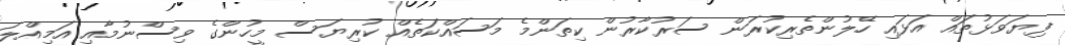
ފިޔަވަޅުތައް އަޅައި ހޭލުންތެރިކުރަން ސަރުކާރުން ކިތަންމެ މަސައްކަތެއް ކުރިޔަސް މީހުންގެ ވިސްނުމާއި އަމިއްލަ